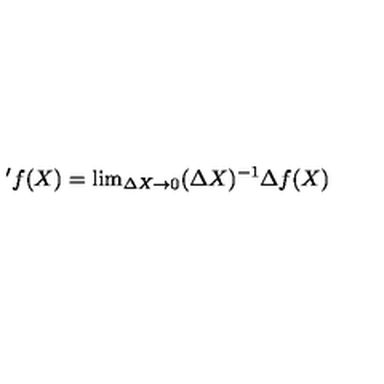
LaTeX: ' f ( X ) = \mathrm { l i m } _ { \Delta X \rightarrow 0 } ( \Delta X ) ^ { - 1 } \Delta f ( X )